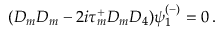
( D _ { m } D _ { m } - 2 i \tau _ { m } ^ { + } D _ { m } D _ { 4 } ) \psi _ { 1 } ^ { ( - ) } = 0 \, .